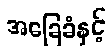
အခြေခံနှင့်